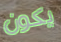
يكون